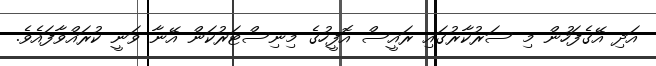
އަދި އޭގެފަހުން މި ސަރުކާރުގައި ރައީސް އޮފީހުގެ މިނިސްޓަރުކަން އޭނާ ވަނީ ކުރައްވާފައެވެ.